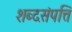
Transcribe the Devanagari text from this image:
शब्दसंपत्ति